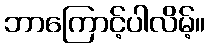
ဘာကြောင့်ပါလိမ့်။